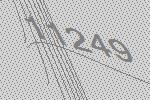
11249